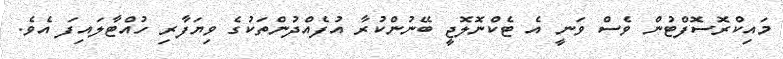
މައިކްރޮސޮފްޓުން ވެސް ވަނީ އެ ޓެކްނޮލޮޖީ ބޭނުންކުރާ އުފެއްދުންތަކުގެ ވިޔަފާރި ހުއްޓާލައިފަ އެވެ.